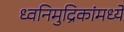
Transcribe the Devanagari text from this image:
ध्वनिमुद्रिकांमध्ये